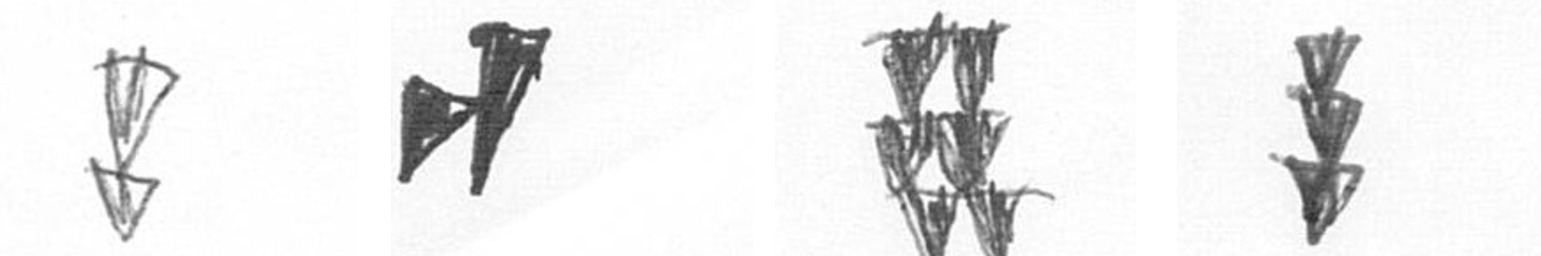
Z M Y E